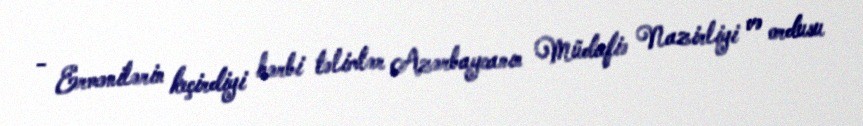
- Ermənilərin keçirdiyi hərbi təlimlər Azərbaycanın Müdafiə Nazirliyi və ordusu